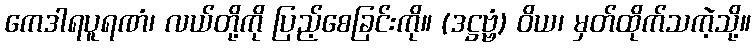
ကေဒါရပူရဏံ၊ လယ်တို့ကို ပြည့်စေခြင်းကို။ (ဒဋ္ဌဗ္ဗံ) ဝိယ၊ မှတ်ထိုက်သကဲ့သို့။